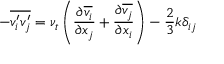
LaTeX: - { \overline { { v _ { i } ^ { \prime } v _ { j } ^ { \prime } } } } = \nu _ { t } \left( { \frac { \partial { \overline { { v _ { i } } } } } { \partial x _ { j } } } + { \frac { \partial { \overline { { v _ { j } } } } } { \partial x _ { i } } } \right) - { \frac { 2 } { 3 } } k \delta _ { i j }